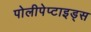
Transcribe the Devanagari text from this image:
पोलीपेप्टाइड्स